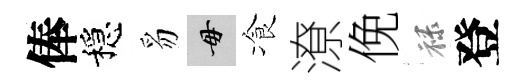
俸穩豸毋飡潦俛禄登